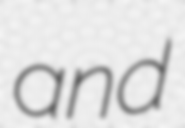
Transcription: and